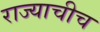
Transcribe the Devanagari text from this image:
राज्याचीच